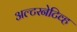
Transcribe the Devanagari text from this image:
अल्टरनेटिव्ह